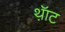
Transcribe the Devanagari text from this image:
थ़ॅाट